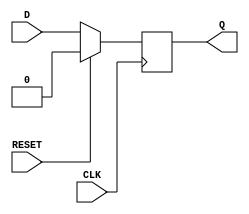
module synchronous_register (
    input wire D,         // Data input
    input wire CLK,       // Clock input
    input wire RESET,     // Synchronous reset
    output reg Q          // Data output
);

    // Synchronous process
    always @(posedge CLK) begin
        if (RESET) begin
            Q <= 1'b0;    // Reset output to 0
        end else begin
            Q <= D;       // Capture the data input on clock edge
        end
    end

endmodule